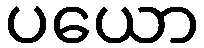
ပယော